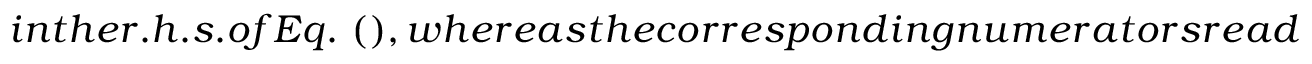
i n t h e r . h . s . o f E q . ~ ( ) , w h e r e a s t h e c o r r e s p o n d i n g n u m e r a t o r s r e a d